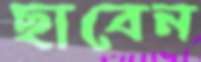
ছাবেন